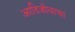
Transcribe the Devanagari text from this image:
आदिजीवाचा